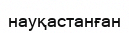
науқастанған